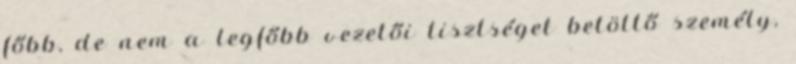
főbb, de nem a legfőbb vezetői tisztséget betöltő személy,